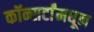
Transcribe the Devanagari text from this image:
कॉन्सर्टांंमधून